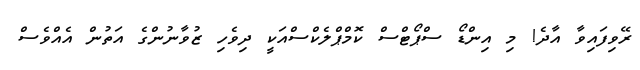
ރޭވިފައިވާ އާދެ! މި އިންޑޯ ސްޕޯޓްސް ކޮމްޕްލެކްސްއަކީ ދިވެހި ޒުވާނުންގެ އަތުން އެއްވެސް